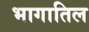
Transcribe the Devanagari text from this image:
भागातिल